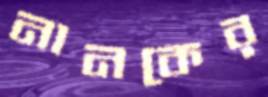
নানকের